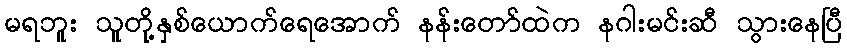
မရဘူး သူတို့နှစ်ယောက်ရေအောက် နန်းတော်ထဲက နဂါးမင်းဆီ သွားနေပြီ